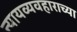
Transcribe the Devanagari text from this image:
न्यायव्यवहाराच्या